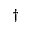
^ \dagger